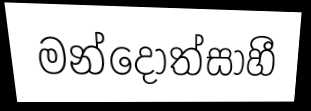
මන්දොත්සාහී